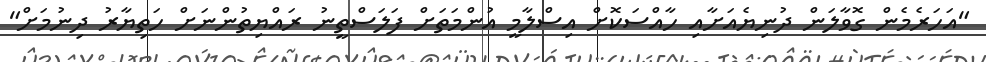
"އަހަރެމެން ގޮވާލަން ދުނިޔެއަށާއި ހާއްސަކޮށް އިސްލާމީ އުންމަތަށް ފަލަސްތީނު ރައްޔިތުންނަށް ހަތިޔާރު ދިނުމަށް"